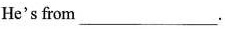
He's from___.